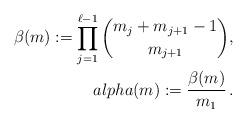
LaTeX: \begin{align*}\beta(m):=\prod_{j=1}^{\ell-1}\binom{m_{j}+m_{j+1}-1}{m_{j+1}},\\alpha(m):=\frac{\beta(m)}{m_{1}}\,.\end{align*}